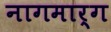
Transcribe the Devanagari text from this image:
नागमार्ग